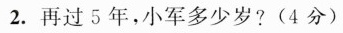
2. 再过5年，小军多少岁? (4分)